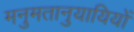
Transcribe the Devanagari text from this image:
मनुमतानुयायियों